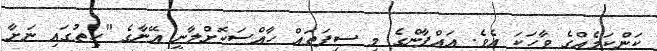
ކަންކަމެއްގެ ވާހަކަ އެވެ. އައްފާންގެ މި ސިފަތައް ހާއްސަކޮށްލާނީ އޭނާގެ "ހިތުގައި ނަށާ